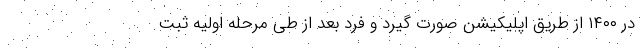
در ۱۴۰۰ از طریق اپلیکیشن صورت گیرد و فرد بعد از طی مرحله اولیه ثبت